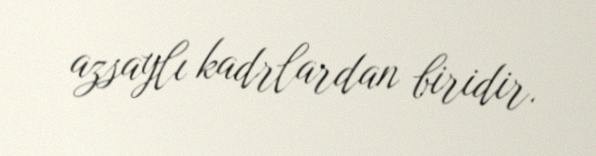
azsaylı kadrlardan biridir.